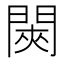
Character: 𬮊